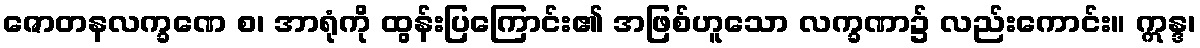
ဇောတနလက္ခဏေ စ၊ အာရုံကို ထွန်းပြကြောင်း၏ အဖြစ်ဟူသော လက္ခဏာ၌ လည်းကောင်း။ ဣန္ဒ၊